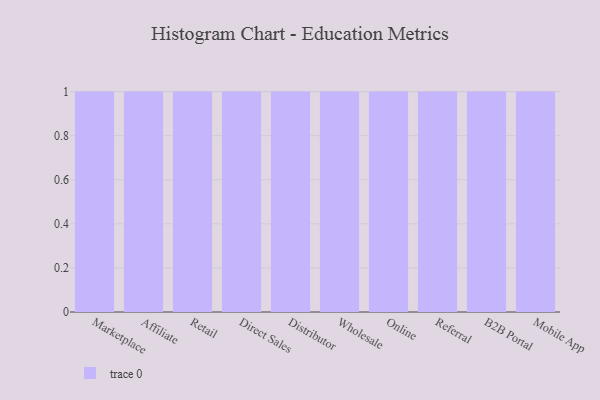
{"axis": {"x": "Channel", "y": "Market Share (%)"}, "legend": [""], "data": [{"x": "Marketplace", "y": 6, "type": ""}, {"x": "Affiliate", "y": 14, "type": ""}, {"x": "Retail", "y": 51, "type": ""}, {"x": "Direct Sales", "y": 82, "type": ""}, {"x": "Distributor", "y": 25, "type": ""}, {"x": "Wholesale", "y": 95, "type": ""}, {"x": "Online", "y": 78, "type": ""}, {"x": "Referral", "y": 35, "type": ""}, {"x": "B2B Portal", "y": 43, "type": ""}, {"x": "Mobile App", "y": 40, "type": ""}]}